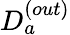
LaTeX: D_{a}^{(out)}